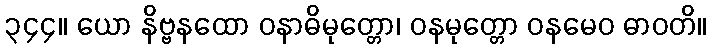
၃၄၄။ ယော နိဗ္ဗနထော ဝနာဓိမုတ္တော၊ ဝနမုတ္တော ဝနမေဝ ဓာဝတိ။